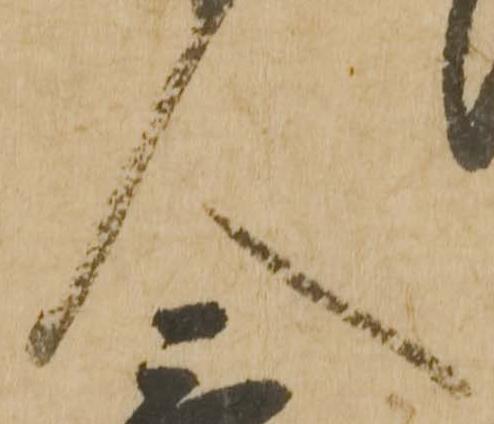
下